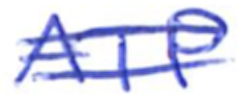
Text: ATP
Cross-out: double-line
Writing tool: ballpoint